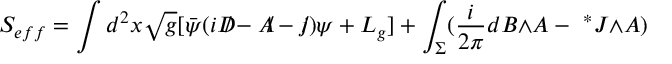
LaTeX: S _ { e f f } = \int d ^ { 2 } x \sqrt { g } [ { \bar { \psi } } ( i { D \! \! \! / } - { A \! \! / } - { j \! \! / } ) \psi + L _ { g } ] + \int _ { \Sigma } ( \frac { i } { 2 \pi } d B { \wedge } A - { \ ^ { * } J } { \wedge } A )